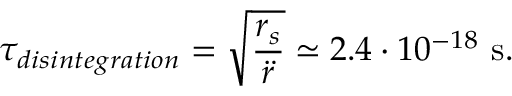
\tau _ { d i s i n t e g r a t i o n } = \sqrt { \frac { r _ { s } } { \ddot { r } } } \simeq 2 . 4 \cdot 1 0 ^ { - 1 8 } ~ \mathrm { s } .